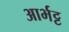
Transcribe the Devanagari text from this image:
आर्भट्ट